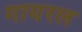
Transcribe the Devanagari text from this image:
गायरल